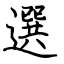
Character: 選